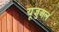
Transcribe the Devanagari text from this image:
यूजुअल